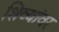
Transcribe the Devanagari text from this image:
शिव्यांवर